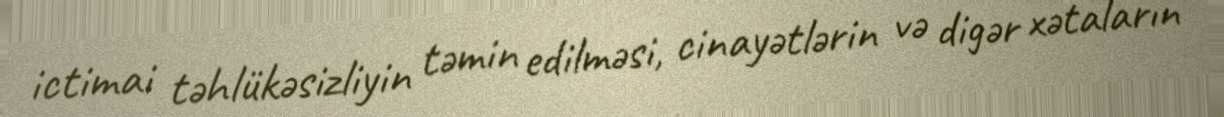
ictimai təhlükəsizliyin təmin edilməsi, cinayətlərin və digər xətaların